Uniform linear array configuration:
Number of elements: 16
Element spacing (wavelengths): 0.25
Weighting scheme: hann
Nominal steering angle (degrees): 15
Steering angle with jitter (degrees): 13.919
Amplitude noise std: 0.05
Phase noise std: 0.05

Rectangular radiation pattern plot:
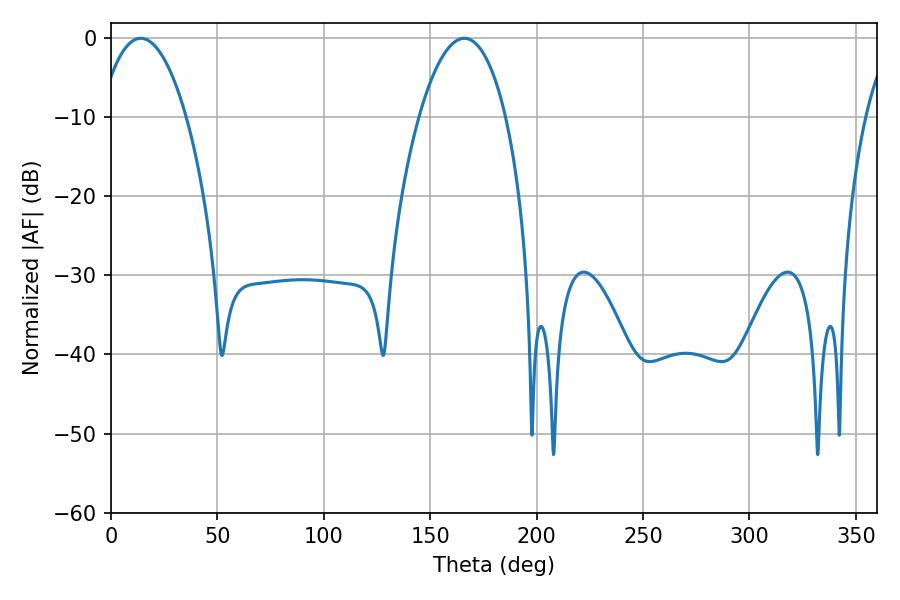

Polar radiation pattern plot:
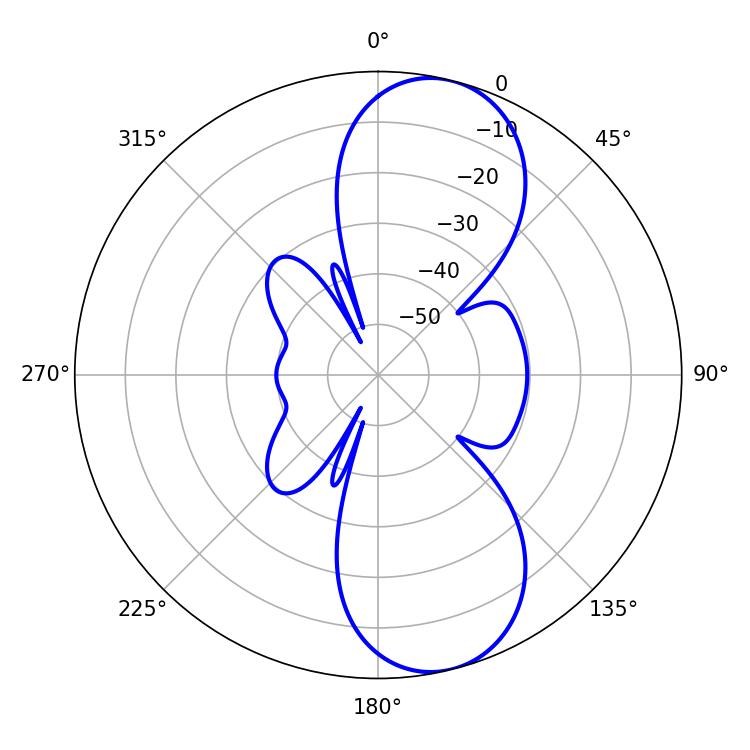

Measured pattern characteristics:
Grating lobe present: FALSE
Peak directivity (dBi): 9.801
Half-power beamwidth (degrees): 22.68
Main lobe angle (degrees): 14.04